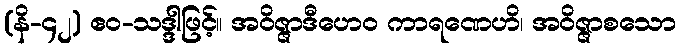
(နိ-၄၂) ဧဝ-သဒ္ဒါဖြင့်။ အဝိဇ္ဇာဒီဟေဝ ကာရဏေဟိ၊ အဝိဇ္ဇာစသော